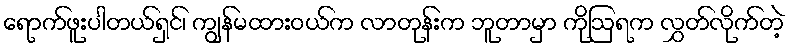
ရောက်ဖူးပါတယ်ရှင်၊ ကျွန်မထားဝယ်က လာတုန်းက ဘူတာမှာ ကိုဩရက လွှတ်လိုက်တဲ့